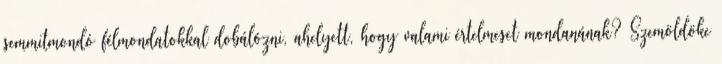
semmitmondó félmondatokkal dobálózni, ahelyett, hogy valami értelmeset mondanának? Szemöldöke